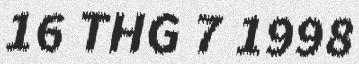
16 THG 7 1998